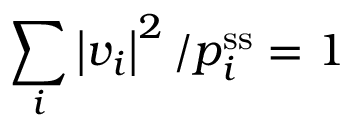
\sum _ { i } \left| v _ { i } \right| ^ { 2 } / p _ { i } ^ { \mathrm { s s } } = 1